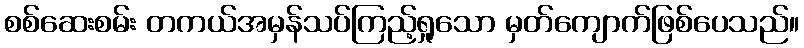
စစ်ဆေးစမ်း တကယ်အမှန်သပ်ကြည့်ရှုသော မှတ်ကျောက်ဖြစ်ပေသည်။